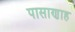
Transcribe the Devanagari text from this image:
पासाणाह